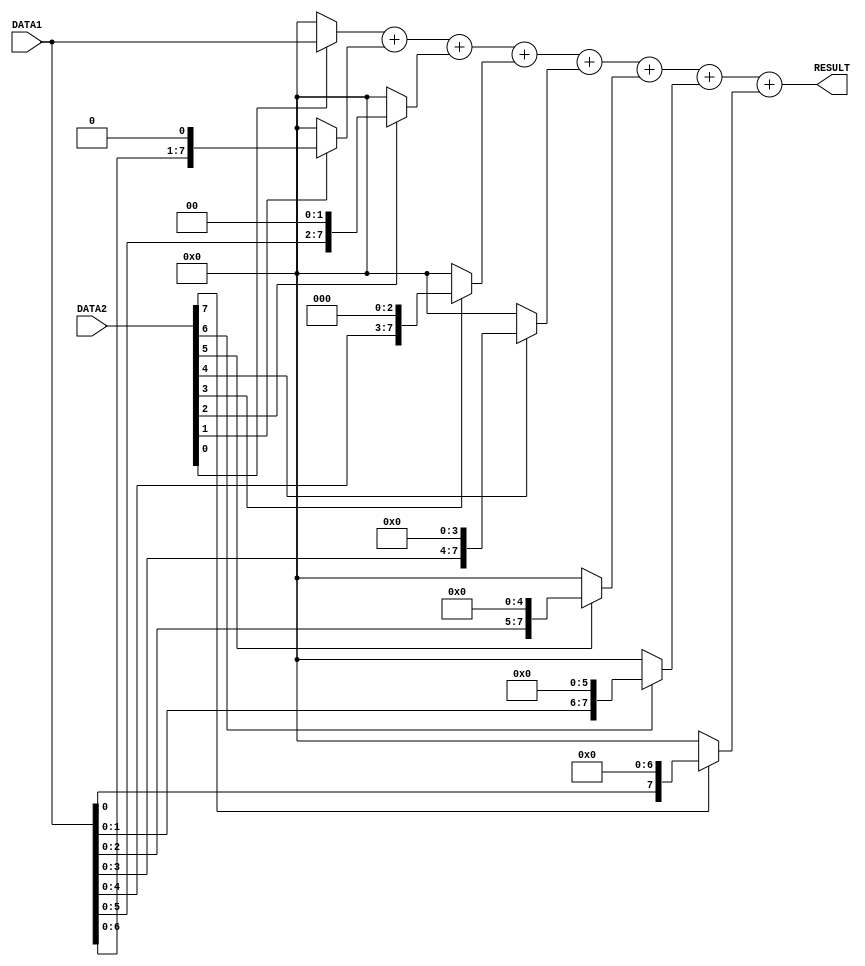
/*
Author - W M D U Thilakarathna
Reg No - E/16/366
*/

module multiplier(DATA1, DATA2, RESULT);

input [7:0] DATA1, DATA2; //declare inputs
output reg [7:0] RESULT;      //declare outputs

wire [7:0] SHIFT0, SHIFT1, SHIFT2, SHIFT3, SHIFT4, SHIFT5, SHIFT6, SHIFT7; //intermediate wires to hold the values of the shifts
reg [7:0] RES0, RES1, RES2, RES3, RES4, RES5, RES6, RES7; //registers to hold the values of shifts needed to take the multiplication result

assign SHIFT0 = {DATA1[7], DATA1[6], DATA1[5], DATA1[4], DATA1[3], DATA1[2], DATA1[1], DATA1[1'b0]};
assign SHIFT1 = {DATA1[6], DATA1[5], DATA1[4], DATA1[3], DATA1[2], DATA1[1], DATA1[1'b0], 1'b0};
assign SHIFT2 = {DATA1[5], DATA1[4], DATA1[3], DATA1[2], DATA1[1], DATA1[1'b0], 1'b0, 1'b0};
assign SHIFT3 = {DATA1[4], DATA1[3], DATA1[2], DATA1[1], DATA1[0], 1'b0, 1'b0, 1'b0};
assign SHIFT4 = {DATA1[3], DATA1[2], DATA1[1], DATA1[0], 1'b0, 1'b0, 1'b0, 1'b0};
assign SHIFT5 = {DATA1[2], DATA1[1], DATA1[0], 1'b0, 1'b0, 1'b0, 1'b0, 1'b0};
assign SHIFT6 = {DATA1[1], DATA1[0], 1'b0, 1'b0, 1'b0, 1'b0, 1'b0, 1'b0};
assign SHIFT7 = {DATA1[0], 1'b0, 1'b0, 1'b0, 1'b0, 1'b0, 1'b0, 1'b0};

always @(*) //this block is used to deter mine whether which set of shifts needed to be added.
begin
  if (DATA2[0]) 
    RES0 = SHIFT0;
  else 
    RES0 = 8'd0;

  if (DATA2[1]) 
    RES1 = SHIFT1;
  else 
    RES1 = 8'd0;

  if (DATA2[2]) 
    RES2 = SHIFT2;
  else 
    RES2 = 8'd0;

  if (DATA2[3]) 
    RES3 = SHIFT3;
  else 
    RES3 = 8'd0;

  if (DATA2[4]) 
    RES4 = SHIFT4;
  else 
    RES4 = 8'd0;

  if (DATA2[5]) 
    RES5 = SHIFT5;
  else 
    RES5 = 8'd0;

  if (DATA2[6]) 
    RES6 = SHIFT6;
  else 
    RES6 = 8'd0;

  if (DATA2[7]) 
    RES7 = SHIFT7;
  else 
    RES7 = 8'd0;
end

always @ (*) RESULT = RES0 + RES1 + RES2 + RES3 + RES4 + RES5 + RES6 + RES7;

endmodule